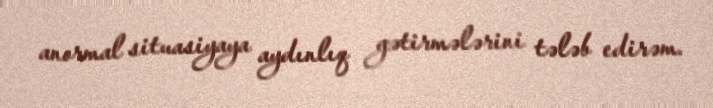
anormal situasiyaya aydınlıq gətirmələrini tələb edirəm.